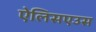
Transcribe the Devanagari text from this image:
ऐलिसएउस